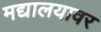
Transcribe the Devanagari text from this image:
मद्यालयावर